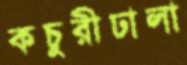
কচুরীঢালা